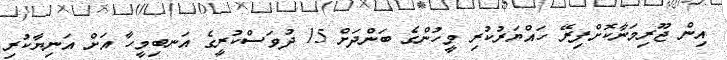
އިން ޖޫރިމަނާކޮށްފިރޭ ހައްޔަރުކުރި މީހުންގެ ބަންދަށް 15 ދުވަސްކުރީގެ އަނބިމީހާ އަށް އަނިޔާކުރި